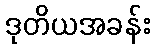
ဒုတိယအခန်း